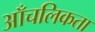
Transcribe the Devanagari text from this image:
आँचलिकता